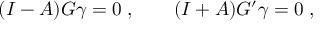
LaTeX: ( I - A ) G \gamma = 0 \; , \qquad ( I + A ) G ^ { \prime } \gamma = 0 \; ,